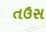
તઉસ